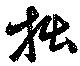
拙